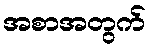
အစာအတွက်